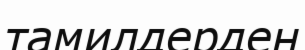
тамилдерден